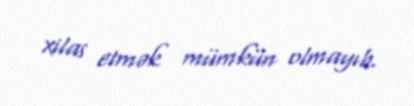
xilas etmək mümkün olmayıb.